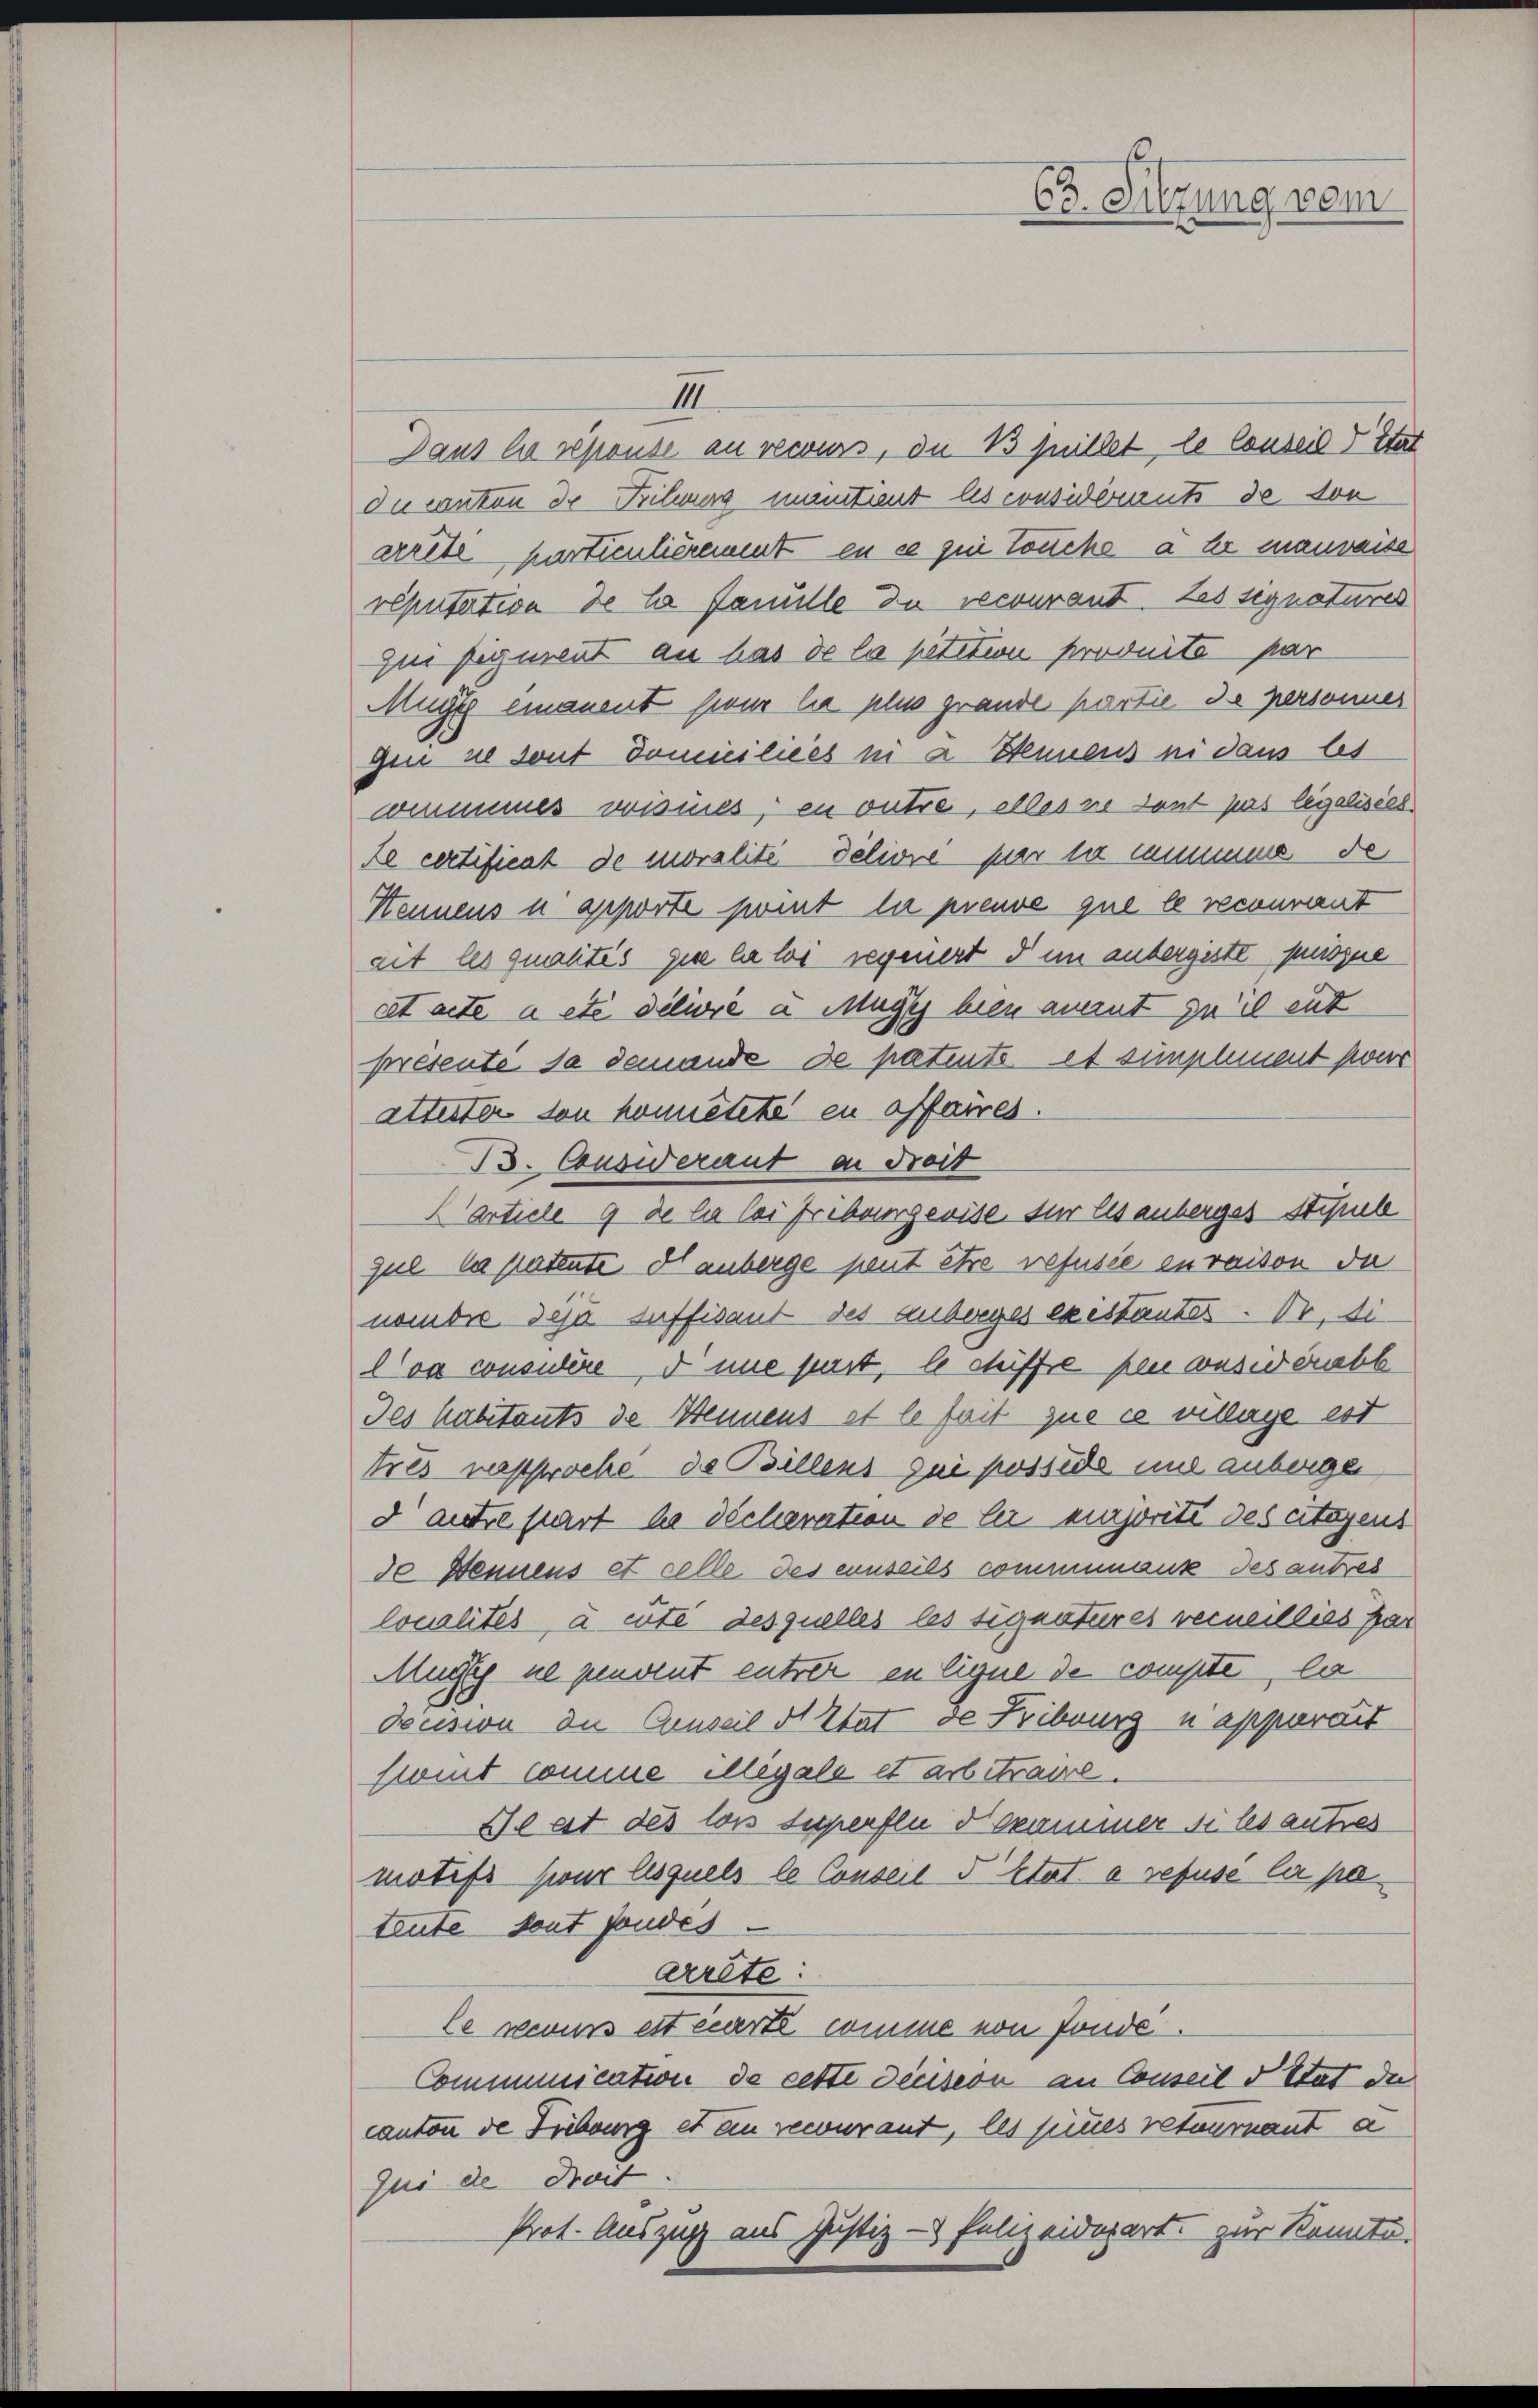
63. Sitzung vom

III
Dans le réponse an recours, du Bjuillet, le Conseil Stat
du canton de Bilwurg mantient les considerruts de von
arite particulièrement en ce qui touche a Er manweise
reputation de la fanulle du recourant. Das signatures
Zui figurent an las de la petition produité par
Mugg emanent sieur la plus grande partie de personner
gen ne sont domiciliées in a. Sennens ni dans les
commmes wisses, en outre, alles ne dant pers legalisier
Se certificat de moralité deliore par le commens de
Stennens u geporte sont la preuve que le recourant
ait les qualités que la loi regenert dem anbergeste puszne
cet acte a été délivie à Mugg bien ament zu il ent
presente sa demande de patente et simplement pour
attester von honnêtete in affaires.
B. Consideraut an dreit
Karticle 9 de la bei Fribourgeoise für Eisenberges Schub
gul ne patente Hauberge peut être refusée en raison da
nombre des suffisant des anberges existander. Dr. di
va considère d une pert, le stufe peu desidebb
Jes habitants de Bennens ist le fait que ce mittage est
tres versproche de Billers zu posside und anberge
d autre part la décharation de ler einjorité des ertagens
30 Dennens et celle des einseils commank des antret
localités a eute desquelles les signatures verneillies par
Muste ne peuvent entre in Eigne de compte, la
Dension die Genseil ds Etat de Fribourg u apparait
fient comme illégale et arbetraire.
Beat des lois superfen dekammer si les autres
motifs sur lesquels le Conseil d’Etat à refuse lie pe
teute dont sondes.
arrête:
le neues est carte comme von fonde.
Communication de cette decision an Conseil d Stat der
canton de Führung et en recurant, les seines retournant a
Zui de droit.
Prot. Auszug aus Justiz - Polizeidepart zur Kenntä-